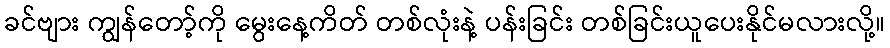
ခင်ဗျား ကျွန်တော့်ကို မွေးနေ့ကိတ် တစ်လုံးနဲ့ ပန်းခြင်း တစ်ခြင်းယူပေးနိုင်မလားလို့။